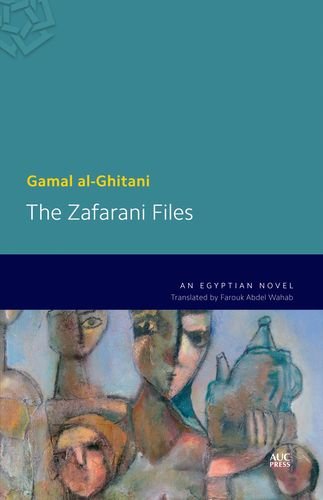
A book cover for The Zafarani Files: An Egyptian Novel (Modern Arabic Literature); Gamal al-Ghitani; Literature & Fiction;